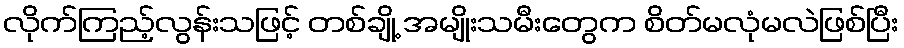
လိုက်ကြည့်လွန်းသဖြင့် တစ်ချို့ အမျိုးသမီးတွေက စိတ်မလုံမလဲဖြစ်ပြီး